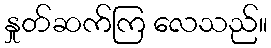
နှုတ်ဆက်ကြ လေသည်။